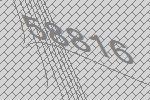
58816